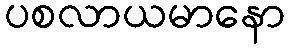
ပစလာယမာနော